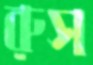
রুস